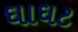
ઘાઘટ